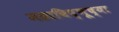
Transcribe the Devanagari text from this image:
महाविष्णूच्या